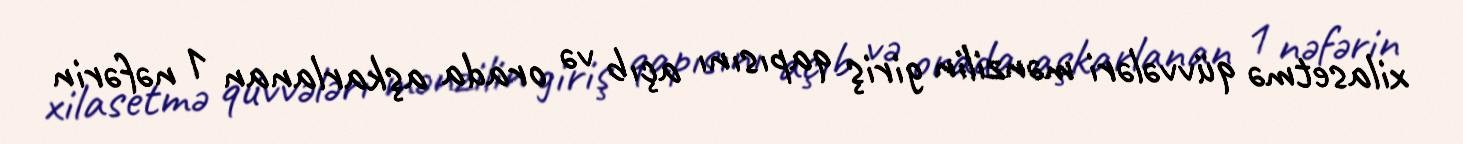
xilasetmə qüvvələri mənzilin giriş qapısını açıb və orada aşkarlanan 1 nəfərin